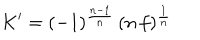
K ^ { \prime } = ( - 1 ) ^ { \frac { n - 1 } { n } } \, ( n \, f ) ^ { \frac { 1 } { n } }